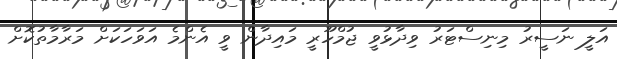
އަލީ ނަސީރު މިނިސްޓަރު ވިދާޅުވީ ޖުމްހޫރީ މައިދާން ވީ އެންމެ އަވަހަކަށް މަރާމާތުކޮށް